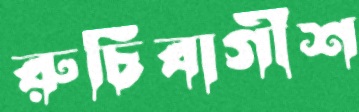
রুচিবাগীশ